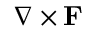
\nabla \times \mathbf { F }